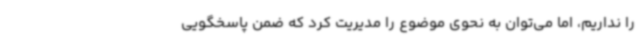
را نداریم، اما می‌توان به نحوی موضوع را مدیریت کرد که ضمن پاسخگویی